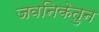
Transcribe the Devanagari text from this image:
जवनिकेतुन